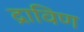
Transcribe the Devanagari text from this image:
द्राविण